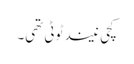
کچی نیند ٹوٹی تھی۔